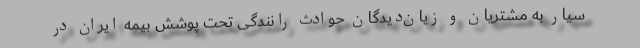
سیار به مشتریان و زیان‌دیدگان حوادث رانندگی تحت پوشش بیمه ایران در